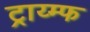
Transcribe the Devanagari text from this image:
ट्राय्म्फ